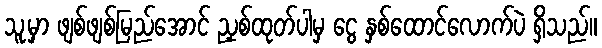
သူ့မှာ ဖျစ်ဖျစ်မြည်အောင် ညှစ်ထုတ်ပါမှ ငွေ နှစ်ထောင်လောက်ပဲ ရှိသည်။